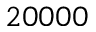
2 0 0 0 0